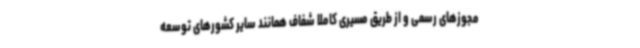
مجوزهای رسمی و از طریق مسیری کاملا شفاف همانند سایر کشورهای توسعه